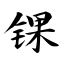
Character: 锞